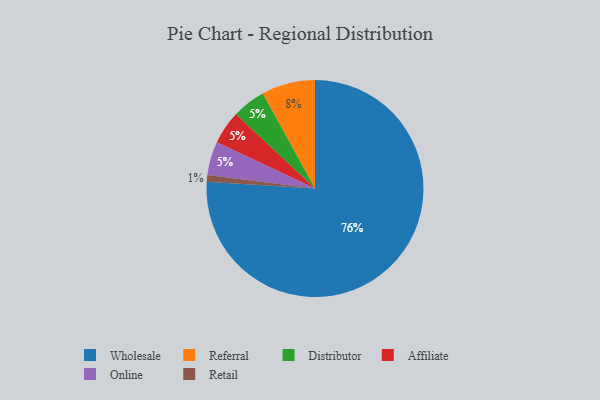
{"axis": {"x": "Category", "y": "Percentage"}, "legend": ["Affiliate", "Distributor", "Online", "Referral", "Retail", "Wholesale"], "data": [{"x": "Distributor", "y": 5, "type": "Distributor"}, {"x": "Wholesale", "y": 76, "type": "Wholesale"}, {"x": "Referral", "y": 8, "type": "Referral"}, {"x": "Affiliate", "y": 5, "type": "Affiliate"}, {"x": "Online", "y": 5, "type": "Online"}, {"x": "Retail", "y": 1, "type": "Retail"}]}